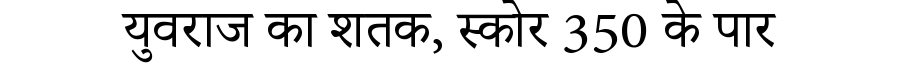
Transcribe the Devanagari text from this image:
युवराज का शतक, स्कोर 350 के पार